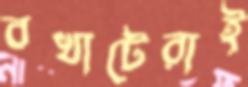
বখাটেরাই